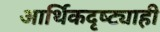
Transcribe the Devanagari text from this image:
आर्थिकदृष्ट्याही